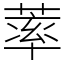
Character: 䔞